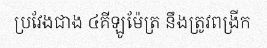
ប្រវែងជាង ៤គីឡូម៉ែត្រ នឹងត្រូវពង្រីក